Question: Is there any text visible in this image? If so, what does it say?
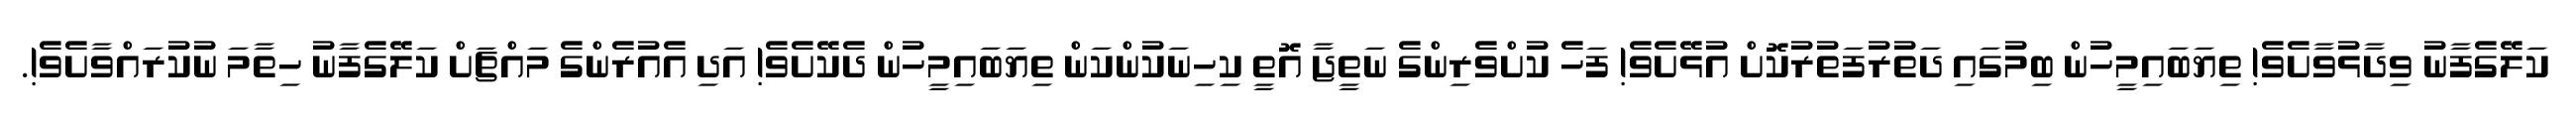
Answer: ކަލޭގެފާނު ވިދާޅުވާށެވެ! ތިޔަބައިމީހުން ބިމުގައި ދަތުރުފަތުރުކޮށް އުޅޭށެވެ! ފަހެ ކުށްވެރިންގެ ނަތީޖާ އޮތީ ކިހިނަކުންކަން ތިޔަބައިމީހުން ދެކޭށެވެ! އަދި އެއުރެންގެ މައްޗަށް ކަލޭގެފާނު ހިތާމަ ނުކުރައްވާށެވެ!.